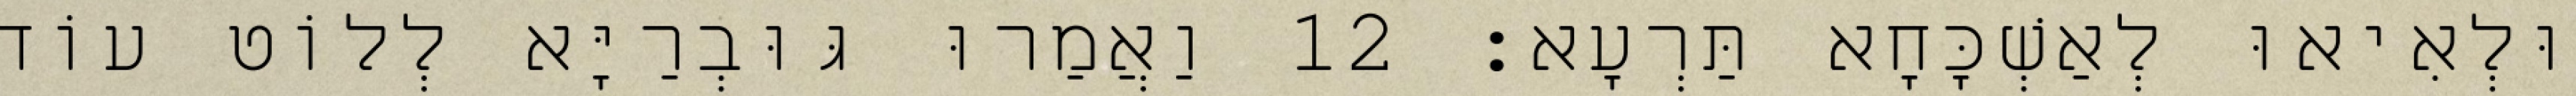
וּלְאִיאוּ לְאַשְׁכָּחָא תַּרְעָא׃ 12 וַאֲמַרוּ גּוּבְרַיָּא לְלוֹט עוֹד